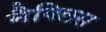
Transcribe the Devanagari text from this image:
मैक्लिस